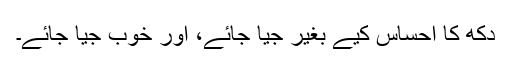
دکھ کا احساس کیے بغیر جیا جائے، اور خوب جیا جائے۔